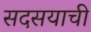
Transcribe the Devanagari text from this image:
सदसयाची